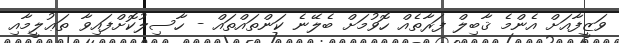
ވަޒީފާއަށް އެންމެ ޤާބިލް ފަރާތެއް ހޮވުމަށް ބެލޭނެ ކަންތައްތައް - ހާސިލުކޮށްފައިވާ ތަޢުލީމާއި